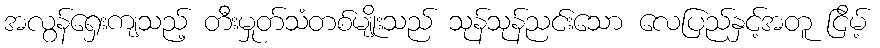
အလွန်ရှေးကျသည့် တီးမှုတ်သံတစ်မျိုးသည် သုန်သုန်ညင်းသော လေပြည်နှင့်အတူ ငြိမ့်